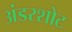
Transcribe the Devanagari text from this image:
अंडरशोट